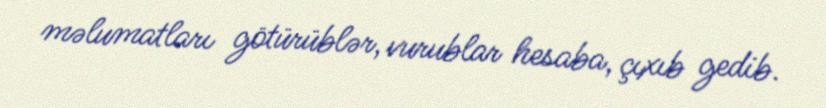
məlumatları götürüblər, vurublar hesaba, çıxıb gedib.